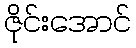
ဇိုင်းအောင်